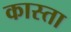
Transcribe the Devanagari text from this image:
कास्ता